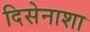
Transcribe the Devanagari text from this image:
दिसेनाशा